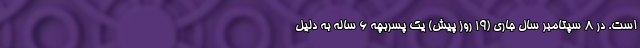
است. در 8 سپتامبر سال جاری (19 روز پیش) یک پسربچه 6 ساله به دلیل